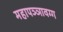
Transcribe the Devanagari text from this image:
महापञ्ञावग्ग